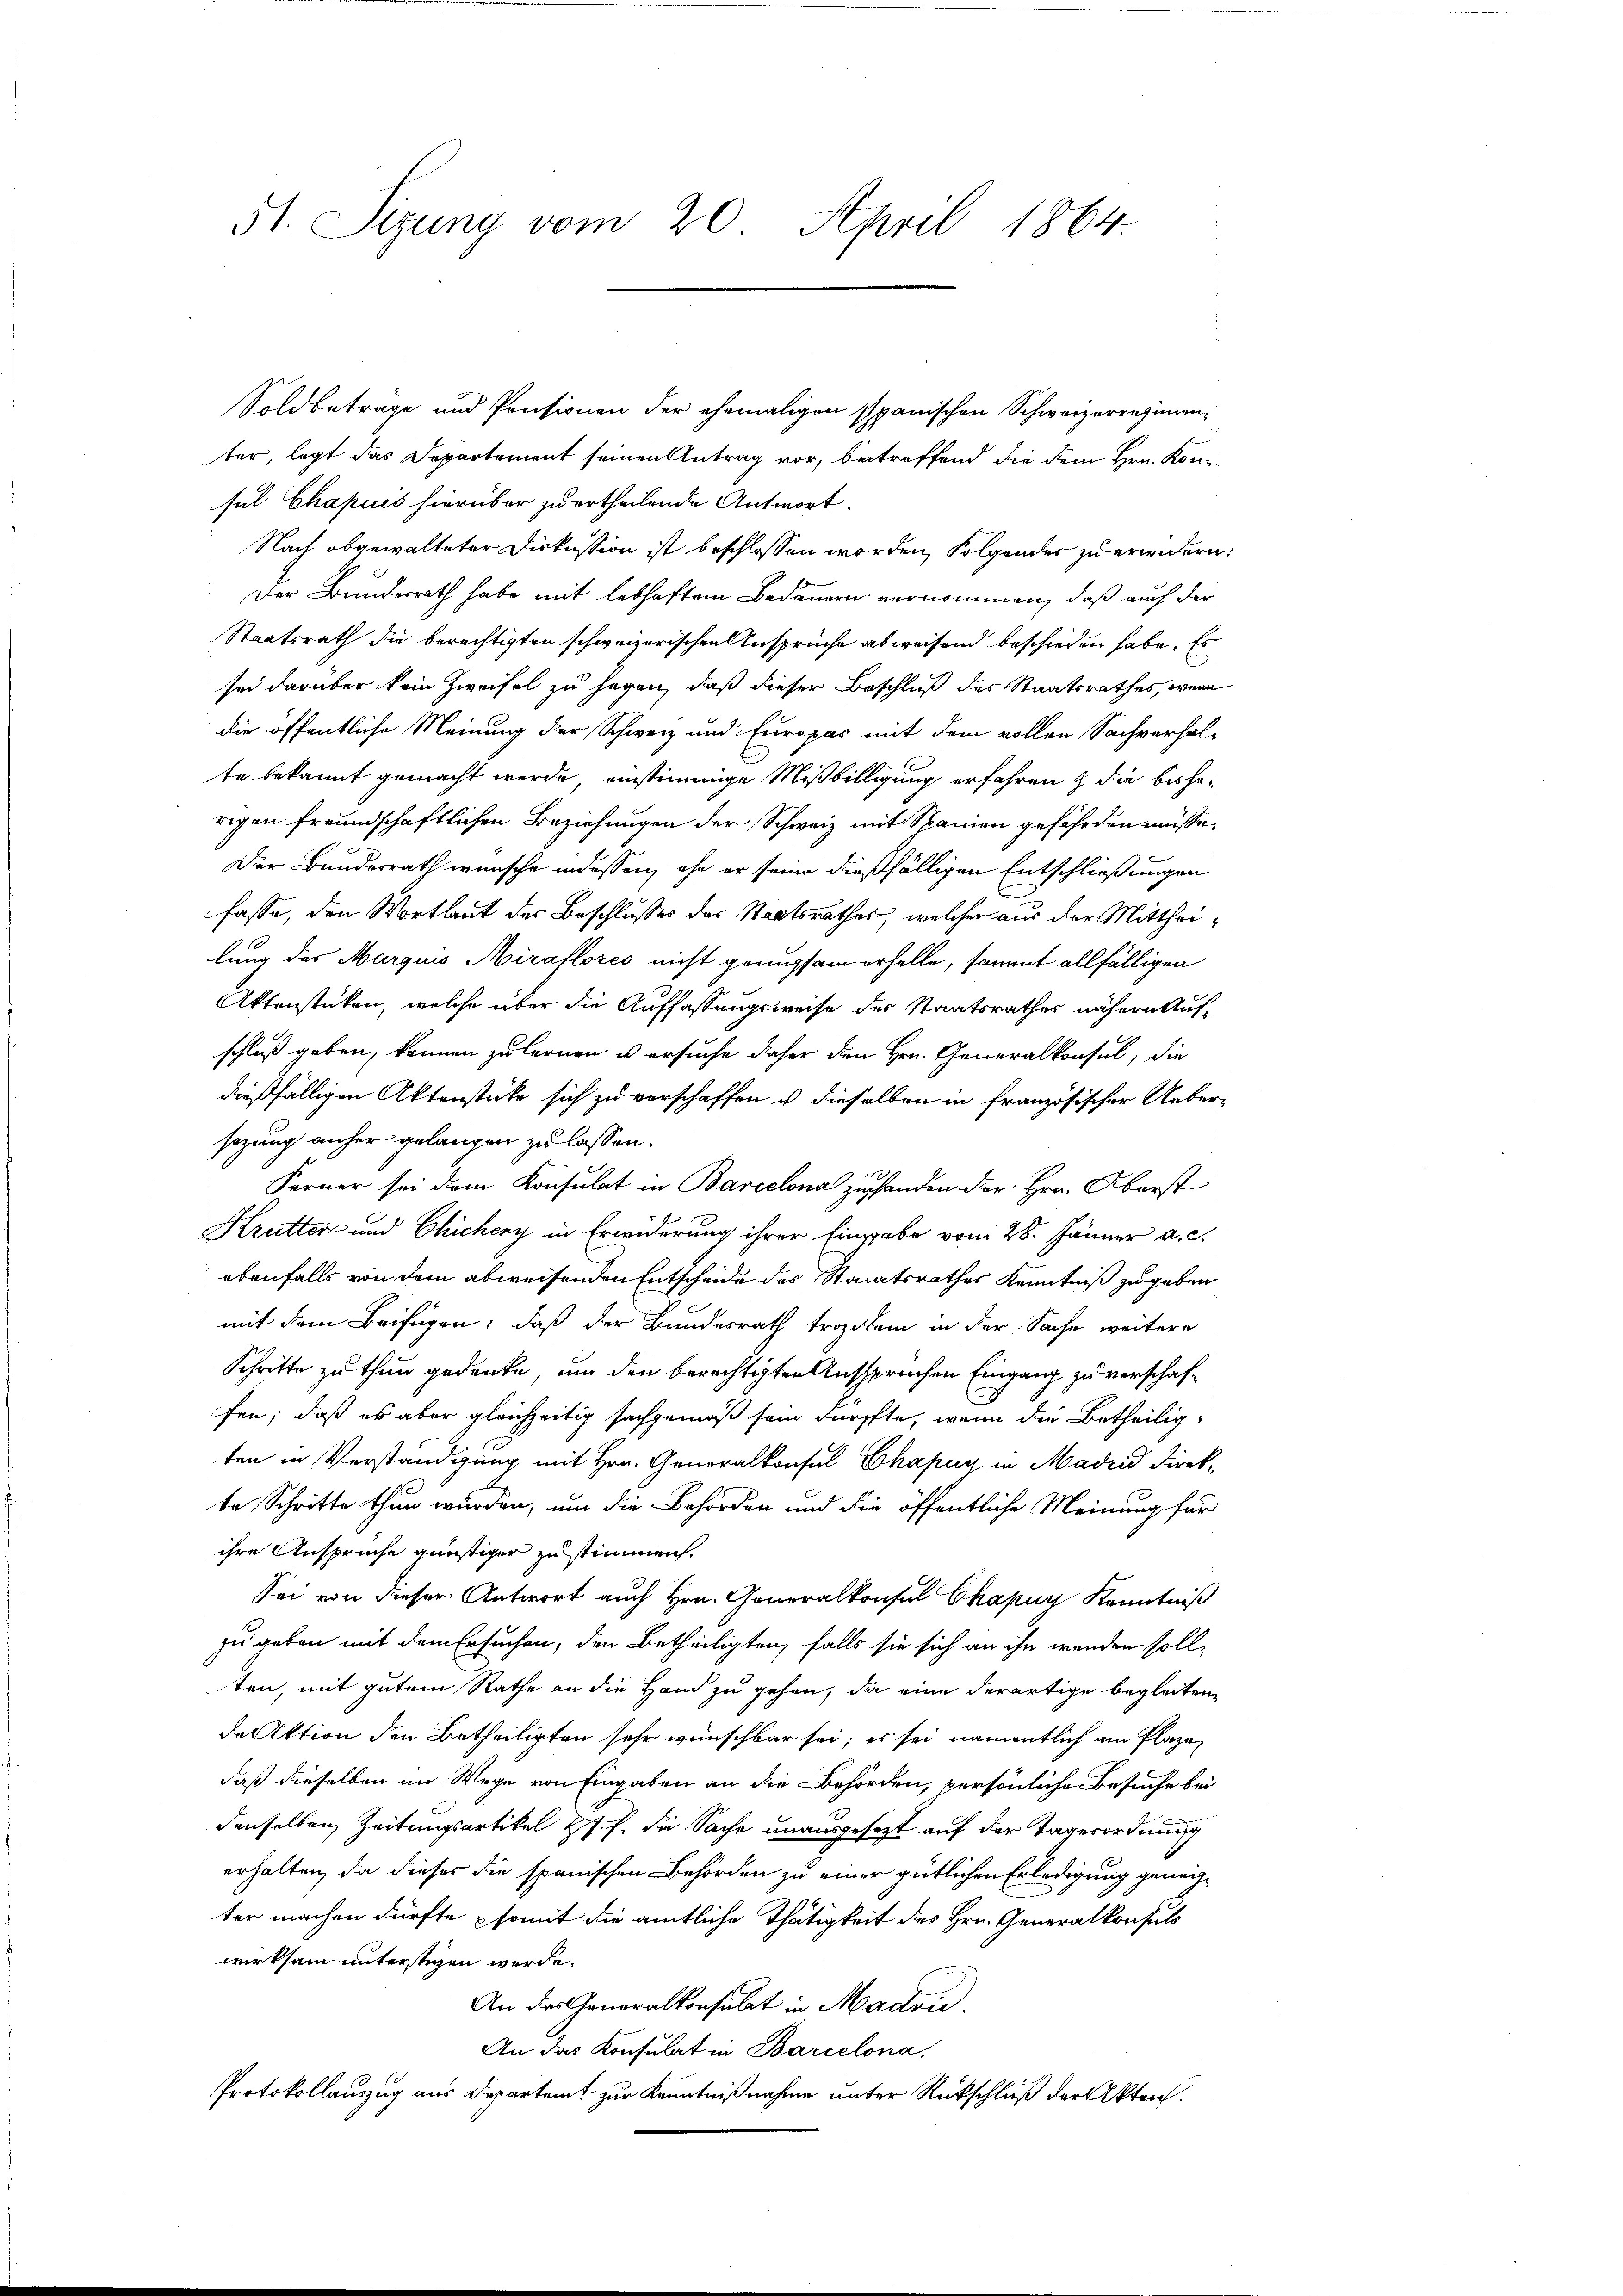
51. Sizung vom 20. April 1864.

Soldbetrage und Pensionen der ehemaligen Spanischen Schweizerregimenter, legt das Departement seinen Antrag vor, betreffend die dem Hrn. Konsul Chapuis hierüber zu ertheilende Antwort.
Nach abgewalteter Diskussion ist beschlossen worden, folgendes zu erwidern:
Der Bundesrath habe mit lebhaften Bedauern vernommen, daß auch der
Staatsrath die berechtigten schweizerischen Ansprüche abweisend beschieden habe. Es
sei darüber kein Zweifel zu sagen, daß dieser Beschluß des Staatsrathes, wenn
die öffentliche Meinung der Schweiz und Europas mit dem vollen Sachverhal-
te bekannt gemacht werde, einstimmige Mißbilligung erfahren & die bisherigen freundschaftlichen Beziehungen der Schweiz mit Spanien gefährden müsse.
Der Bundesrath wünsche indessen, ehe er seine dießfälligen Entschließungen
fasse, den Wortlaut des Beschlusses des Staatsrathes, welcher aus der Mittheilung der Marquis Airaflores nicht genugsam erholte, sammt allfälligen
Aktenstücken, welche über die Auffassungsweise der Staatsrathes nähern Aufschluß geben, kennen zu lernen u ersuche daher den Hrn. Generalkonsul, die
dießfälligen Aktenstücke sich zu verschaffen u dieselben in französischer Ueber-
sazung anher gelangen zu lassen.
Ferner sei dem Konsulat in Barcelona zu handen der Hrn. Oberst
Krutter und Chichery in Erwiderung ihrer Eingabe vom 28. Jänner a. c.
ebenfalls von dem abweisenden Entscheide des Staatsrathes Kenntniß zu geben
mit dem Beifügen; daß der Bundesrath trozitem in der Sache weitere
Schritte zu thun gedenke, um den berechtigten Ausspruchen Eingang zu verschaffen; daß es aber gleichzeitig sachgemäß sein dürfte, wenn die Betheilig-
ten in Verständigung mit Hrn. Generalkonsul Chapuy in Madrid Direkte Schritte thun würden, um die Behörden und die öffentliche Meinung für
ihre Ansprüche günstiger zustimmen.
Sei von dieser Antwort auch Hrn. Generalkonsul Chapuy Kenntniß
zu geben mit dem Ersuchen, den Betheiligten, falls sie sich an ihn wenden soll,
ten, mit gutem Rathe an die Hand zu gehen, da eine derartige begleiten
da Aktion den Betheiligten sehr wünschbar sei; es sei namentlich am Plazen
daß dieselben im Wege von Eingaben an die Behörden, persönliche Besuche bei
denselben Zeitungsartikel Hs. J. die Sache unausgefezt auf der Tagerordnung
erhalten, da dieser die spanischen Behörden zu einer gütlichen Erledigung geneiter machen dürfte somit die amtliche Thätigkeit des Hrn. Generalkonsuls
wirksam untersteigen werde.
An das Generalkonsulat in Madon.
An das Konsulat in Barcelona,
Protokollauszug aus Departamt zur Kenntnißnahme unter Rückschluß der Akten.